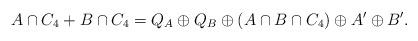
LaTeX: \begin{align*}A \cap C_4 + B \cap C_4 = Q_A \oplus Q_B \oplus (A \cap B \cap C_4) \oplus A' \oplus B'.\end{align*}